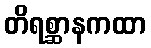
တိရစ္ဆာနကထာ